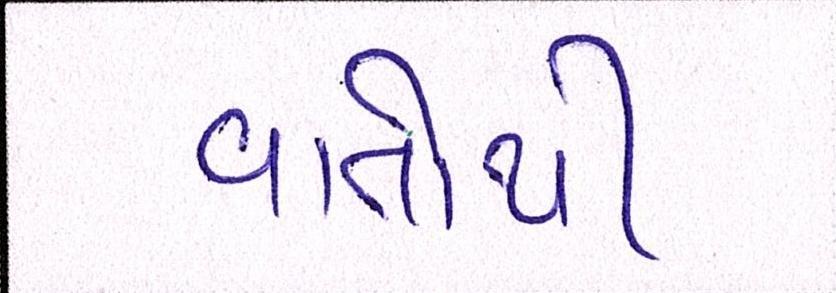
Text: વાતોથી